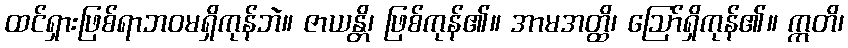
ထင်ရှားဖြစ်ရာဘဝမရှိကုန်ဘဲ။ ဇာယန္တိ၊ ဖြစ်ကုန်၏။ အာမအတ္ထိ၊ ဩော်ရှိကုန်၏။ ဣတိ၊